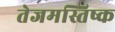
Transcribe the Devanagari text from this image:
तेजमस्तिष्क